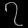
Digit: ၇